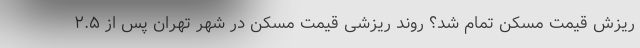
ریزش قیمت مسکن تمام شد؟ روند ریزشی قیمت مسکن در شهر تهران پس از ۲.۵